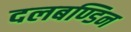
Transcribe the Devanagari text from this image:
दलबण्डिन